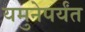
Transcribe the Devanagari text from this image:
यमुनेपर्यंत